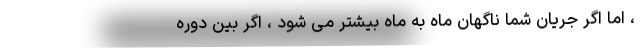
، اما اگر جریان شما ناگهان ماه به ماه بیشتر می شود ، اگر بین دوره